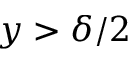
y > \delta / 2